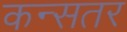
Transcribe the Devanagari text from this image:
कन्सतर